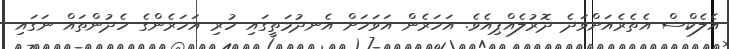
އެލެކްސް އެތެރެއަށްވަދެ ދޮރުލެއްޕިއެވެ. އަހަރެން އަވަހަށް އެނދުމަތީގައި ހުރި އަހަރެންގެ ހެދުންތައް ނަގައި